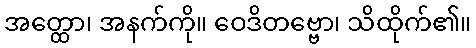
အတ္ထော၊ အနက်ကို။ ဝေဒိတဗ္ဗော၊ သိထိုက်၏။